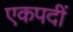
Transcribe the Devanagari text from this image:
एकपदीं